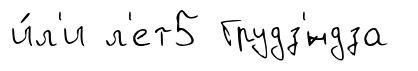
и́л'и л'ет5 Грудз'́ндза